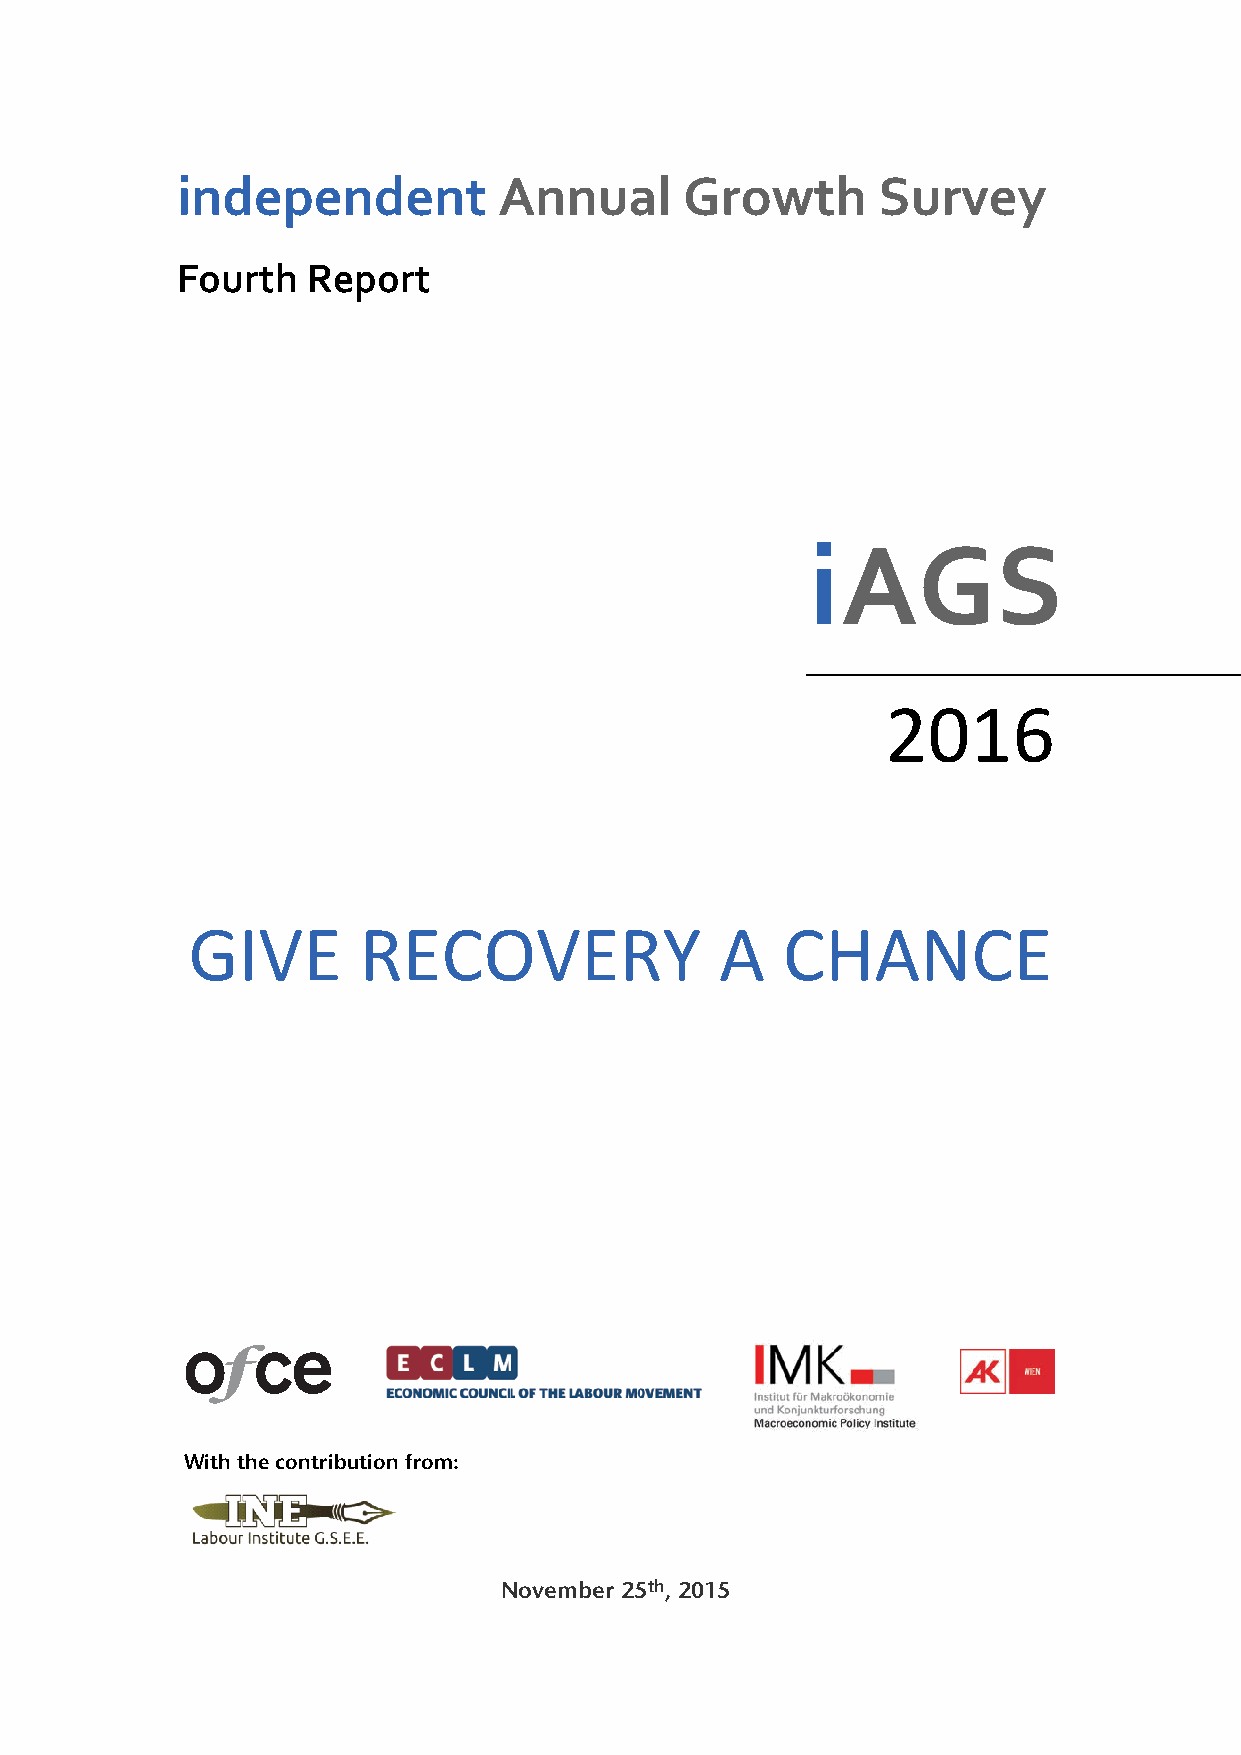
independent          Annual      Growth       Survey
 Fourth  Report
 iAGS
 2016
 GIVE        RECOVERY                A   CHANCE
 With the contribution from:
 November 25th, 2015